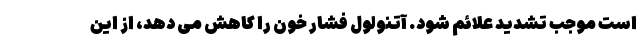
است موجب تشدید علائم شود. آتنولول فشار خون را کاهش می دهد، از این